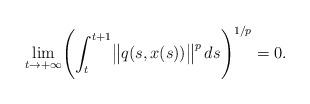
LaTeX: \begin{align*}\lim_{t\rightarrow +\infty}\Biggl( \int^{t+1}_{t}\bigl\| q(s, x(s))\bigr\|^{p} \, ds\Biggr)^{1/p}=0.\end{align*}